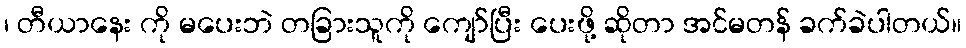
၊ တီယာနေး ကို မပေးဘဲ တခြားသူကို ကျော်ပြီး ပေးဖို့ ဆိုတာ အင်မတန် ခက်ခဲပါတယ်။